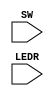
`timescale 1ns / 1ns // `timescale time_unit/time_precision

//SW[2:0] data inputs
//SW[9] select signals

//LEDR[0] output display

module m7408(SW, LEDR);
	input [9:0] SW;
	input [9:0] LEDR;
	v7408 u1(SW[0], SW[1], SW[2], SW[3], SW[4], SW[5], SW[6], SW[7], LEDR[0], LEDR[1], LEDR[2], LEDR[3]);
endmodule

module v7408 (input pin1, pin2, pin4, pin5, pin9, pin10, pin12, pin13, output pin3, pin6, pin8, pin11);
	assign pin3 = pin1 & pin2;  
	assign pin6 = pin4 & pin5;  
	assign pin8 = pin9 & pin10;  
	assign pin11 = pin12 & pin13;  
endmodule